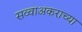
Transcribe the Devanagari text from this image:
सव्वाअकराच्या